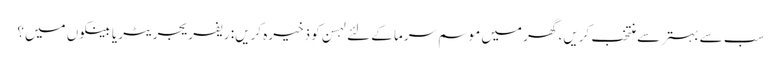
سب سے بہتر سے منتخب کریں، گھر میں موسم سرما کے لئے لہسن کو ذخیرہ کریں: ریفریجریٹر یا بینکوں میں؟